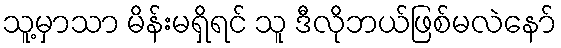
သူ့မှာသာ မိန်းမရှိရင် သူ ဒီလိုဘယ်ဖြစ်မလဲနော်